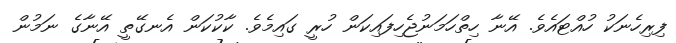
ފިރިހެނަކު ހުއްޓައެވެ. އޭނާ ހިތްހަމަނުޖެހިފައިކަން ހުރީ ގައިމެވެ. ކާކުކަން އެނގޭތީ އޭނާގެ ނަމުން